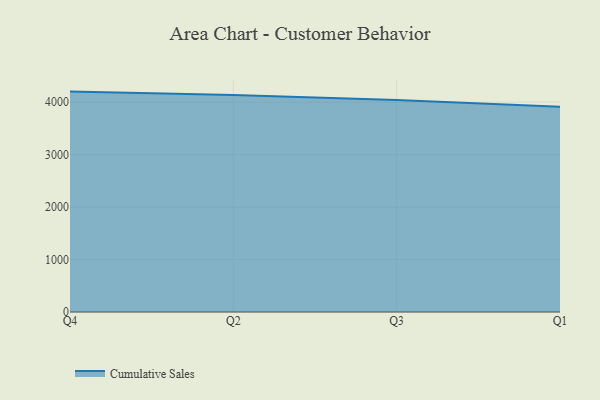
{"axis": {"x": "Quarter", "y": "Headcount"}, "legend": ["Cumulative Sales"], "data": [{"x": "Q4", "y": 4201.6, "type": "Cumulative Sales"}, {"x": "Q2", "y": 4137.1, "type": "Cumulative Sales"}, {"x": "Q3", "y": 4042.9, "type": "Cumulative Sales"}, {"x": "Q1", "y": 3910.5, "type": "Cumulative Sales"}]}